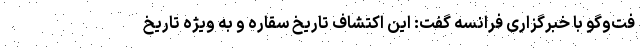
فت‌وگو با خبرگزاری فرانسه گفت: این اکتشاف تاریخ سقاره و به ویژه تاریخ